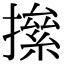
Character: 𢴱